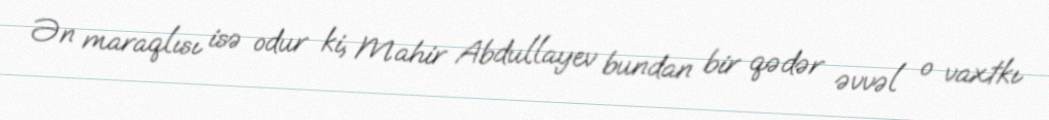
Ən maraqlısı isə odur ki, Mahir Abdullayev bundan bir qədər əvvəl o vaxtkı